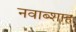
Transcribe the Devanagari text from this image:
नवाब्शाह